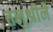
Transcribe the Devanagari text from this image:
तनुश्रीने